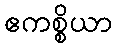
ဧကစ္စိယာ